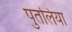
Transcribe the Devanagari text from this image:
पुतलिया